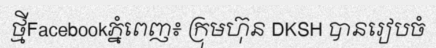
ថ្មីFacebookភ្នំពេញ៖ ក្រុមហ៊ុន DKSH បានរៀបចំ